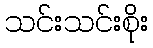
သင်းသင်းစိုး